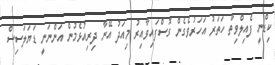
ކިޑްނީ ފެއިލްވިތާ ހަތަރު އަހަރުވެގެން ގޮސްފައިވާއިރު މިއަދު އޭނާާ ދިރިއުޅެމުން އަންނަނީ ޑަޔަލަސިސް